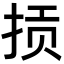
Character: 𫼱